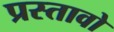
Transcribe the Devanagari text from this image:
प्रस्तावो